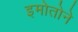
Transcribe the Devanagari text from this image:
इमोतोने